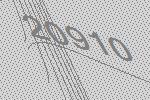
20910